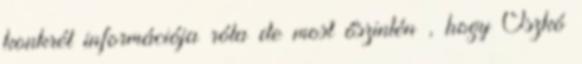
konkrét információja róla de most őszintén , hogy Oszkó